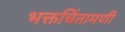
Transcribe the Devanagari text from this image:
भक्तचिंतामणी